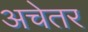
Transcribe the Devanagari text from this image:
अचेतर